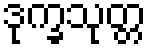
ဒုက္ခသုတ္တ